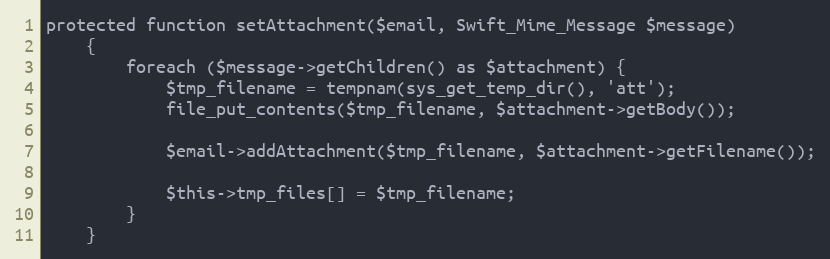
Language: PHP
protected function setAttachment($email, Swift_Mime_Message $message)
	{
		foreach ($message->getChildren() as $attachment) {
			$tmp_filename = tempnam(sys_get_temp_dir(), 'att');
			file_put_contents($tmp_filename, $attachment->getBody());

			$email->addAttachment($tmp_filename, $attachment->getFilename());

			$this->tmp_files[] = $tmp_filename;
		}
	}